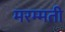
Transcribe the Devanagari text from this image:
मरम्‍मती